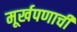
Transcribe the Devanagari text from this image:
मूर्खपणाची